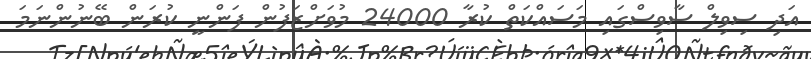
އަދި ސިވިލް ސާވިސްގައި މަސައްކަތް ކުރާ 24000 މުވަށްޒަފުން ފަންނީ ކުރަން ބޭނުންނަމަ